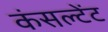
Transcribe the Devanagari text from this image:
कंसल्‍टेंट